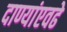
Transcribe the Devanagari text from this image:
दाण्यांएवढे